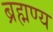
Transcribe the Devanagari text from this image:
ब्रह्मण्य